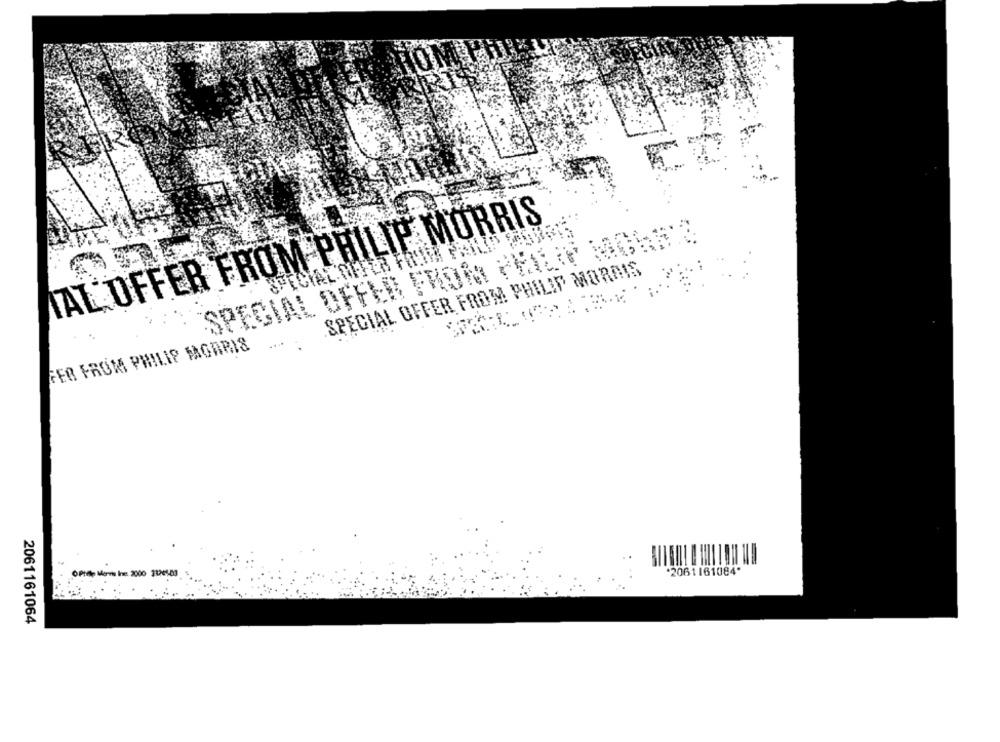
IAL OFFER FROM PHILIP MORRIS
SPECIAL OFFER FROM PHILIP MORRIS
SPECIAL OFFER FROM PHILIP MORAIS
FER FROMI PHILIP MORRIS
*2061161084"
Menris Ine. 2000 21265-83
2061161064